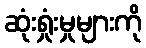
ဆုံးရှုံးမှုများကို